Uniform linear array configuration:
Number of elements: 8
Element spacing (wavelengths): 1
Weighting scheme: exponential
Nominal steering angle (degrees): -60
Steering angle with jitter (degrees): -61.609
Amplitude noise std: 0.05
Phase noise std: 0.05

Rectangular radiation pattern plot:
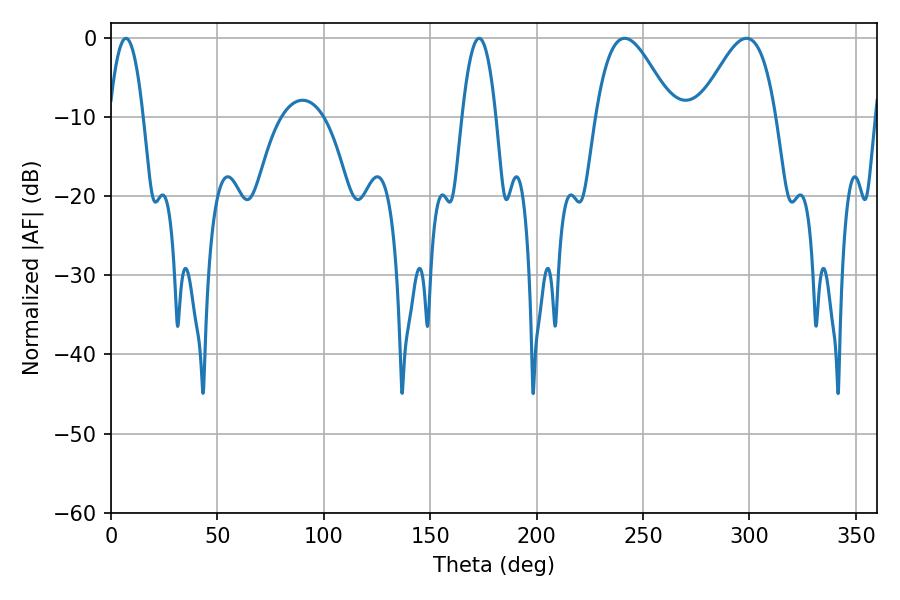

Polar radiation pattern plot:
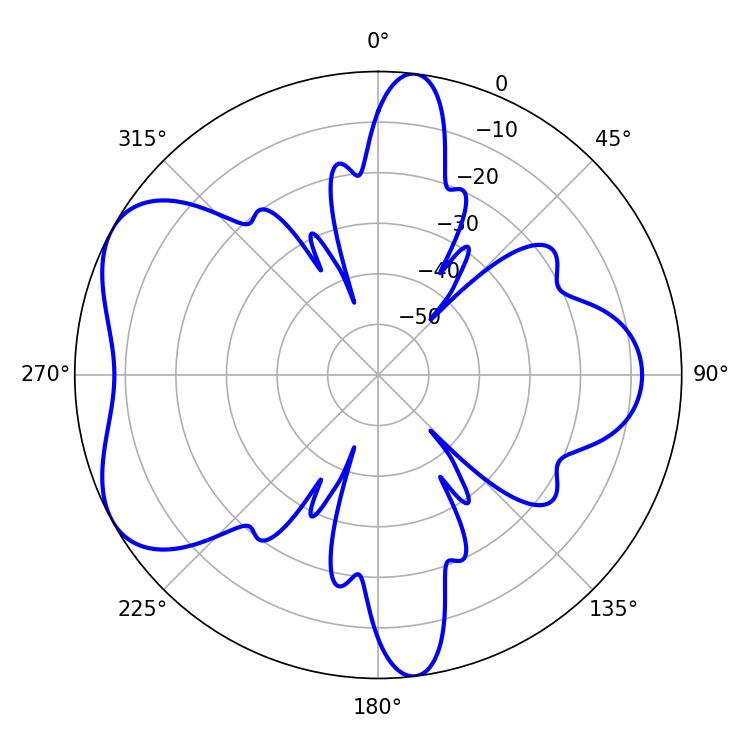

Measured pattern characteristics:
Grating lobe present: TRUE
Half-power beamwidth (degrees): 8.64
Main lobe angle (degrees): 7.02